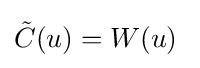
{\tilde {C}}(u)=W(u)~